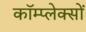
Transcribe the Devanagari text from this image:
कॉम्प्लेक्सों